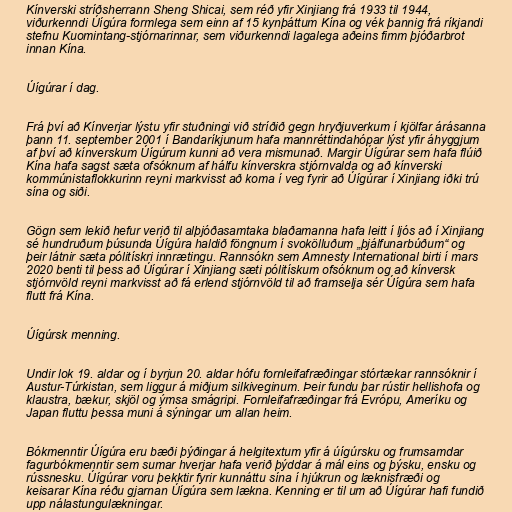
Kínverski stríðsherrann Sheng Shicai, sem réð yfir Xinjiang frá 1933 til 1944,
viðurkenndi Úígúra formlega sem einn af 15 kynþáttum Kína og vék þannig frá ríkjandi
stefnu Kuomintang-stjórnarinnar, sem viðurkenndi lagalega aðeins fimm þjóðarbrot
innan Kína.

Úígúrar í dag.

Frá því að Kínverjar lýstu yfir stuðningi við stríðið gegn hryðjuverkum í kjölfar árásanna
þann 11. september 2001 í Bandaríkjunum hafa mannréttindahópar lýst yfir áhyggjum
af því að kínverskum Úígúrum kunni að vera mismunað. Margir Úígúrar sem hafa flúið
Kína hafa sagst sæta ofsóknum af hálfu kínverskra stjórnvalda og að kínverski
kommúnistaflokkurinn reyni markvisst að koma í veg fyrir að Úígúrar í Xinjiang iðki trú
sína og siði.

Gögn sem lekið hefur verið til alþjóðasamtaka blaðamanna hafa leitt í ljós að í Xinjiang
sé hundruðum þúsunda Úígúra haldið föngnum í svokölluðum „þjálfunarbúðum“ og
þeir látnir sæta pólitískri innrætingu. Rannsókn sem Amnesty International birti í mars
2020 benti til þess að Úígúrar í Xinjiang sæti pólitískum ofsóknum og að kínversk
stjórnvöld reyni markvisst að fá erlend stjórnvöld til að framselja sér Úígúra sem hafa
flutt frá Kína.

Úígúrsk menning.

Undir lok 19. aldar og í byrjun 20. aldar hófu fornleifafræðingar stórtækar rannsóknir í
Austur-Túrkistan, sem liggur á miðjum silkiveginum. Þeir fundu þar rústir hellishofa og
klaustra, bækur, skjöl og ýmsa smágripi. Fornleifafræðingar frá Evrópu, Ameríku og
Japan fluttu þessa muni á sýningar um allan heim.

Bókmenntir Úígúra eru bæði þýðingar á helgitextum yfir á úígúrsku og frumsamdar
fagurbókmenntir sem sumar hverjar hafa verið þýddar á mál eins og þýsku, ensku og
rússnesku. Úígúrar voru þekktir fyrir kunnáttu sína í hjúkrun og læknisfræði og
keisarar Kína réðu gjarnan Úígúra sem lækna. Kenning er til um að Úígúrar hafi fundið
upp nálastungulækningar.